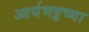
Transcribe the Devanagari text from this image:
आर्यभट्टच्या